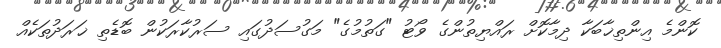
ކޮންމެ އިންތިޚާބަކާ ދިމާކޮށް ރައްޔިތުންގެ ވޯޓު "ގަތުމުގެ" މަގުސަދުގައި ސަރުކާރަކުން ބޮޑެތި ޚަރަދުތަކެއް